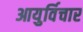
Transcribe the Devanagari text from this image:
आयुर्विचार